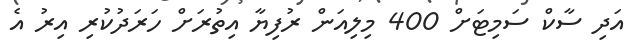
އަދި ސާކް ސަމިޓަށް 400 މިލިއަން ރުފިޔާ އިތުރަށް ހަރަދުކުރި އިރު އެ